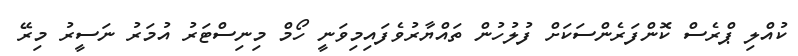
ކުއްލި ޕްރެސް ކޮންފަރެންސަކަށް ފުލުހުން ތައްޔާރުވެފައިމިވަނީ ހޯމް މިނިސްޓަރު އުމަރު ނަސީރު މިރޭ